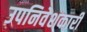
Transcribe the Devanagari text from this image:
उपनिवेशकारी